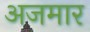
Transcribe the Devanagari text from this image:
अजमार